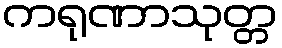
ကရုဏာသုတ္တ